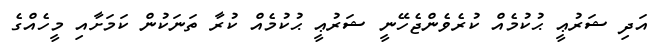
އަދި ޝަރުޢީ ޙުކުމެއް ކުރެވެންޖެހޭނީ ޝަރުޢީ ޙުކުމެއް ކުރާ ތަނަކުން ކަމަށާއި މީހެއްގެ